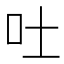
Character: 吐